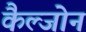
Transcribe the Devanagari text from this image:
कैल्जोन